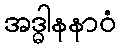
အဒ္ဓါနနာဝံ